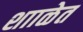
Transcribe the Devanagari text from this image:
शााळेत